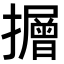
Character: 𭣃